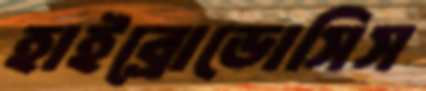
হাইব্রোডোসিস